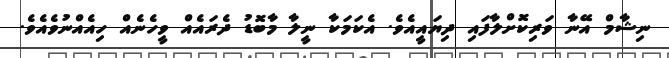
ނިޝާމް އޭނާ ވަރިކޮށްލާފައި ދިޔައީއެވެ. އެކަމަކާ ނީލާ މާބޮޑު ދެރައެއް ވީހެނެއް ހިއެއްނުވެއެވެ.